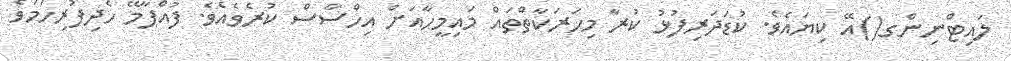
ލައިޓްނިންގ()އޭ ކިޔައެވެ. ކުޑަދަރިފުޅު ކުރާ މިހަރަކާތްތައް މައިމީހާއަށް އިހްސާސް ކުރެވެއެވެ. ފުއްޕާމޭ ހެދިފުރިހަމަވެ